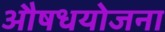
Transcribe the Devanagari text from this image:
औषधयोजना